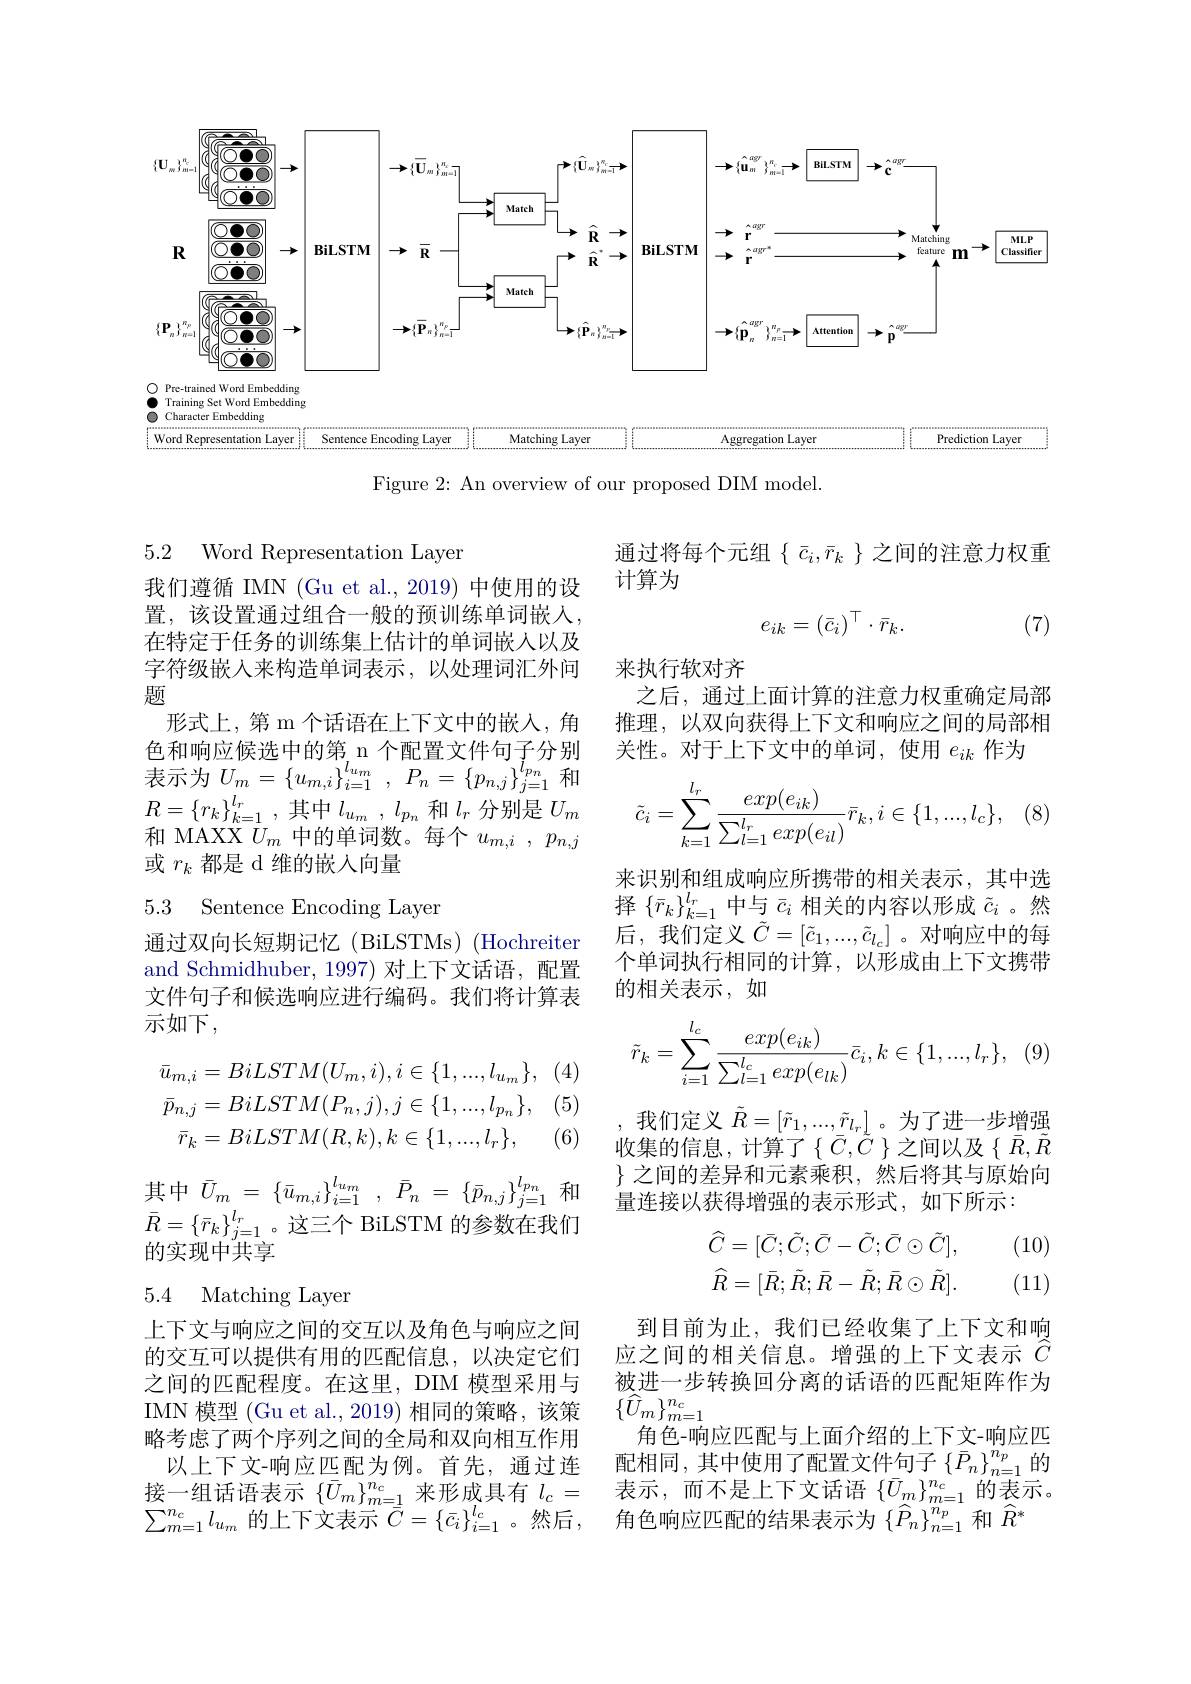
<FigureHere>

Figure 2: An overview of our proposed DIM model

5.2 Word Representation Layer

通过将每个元组$\left\{\bar{c}_i,\bar{r}_k\right\}$之间的注意力权重
计算为
$$e_{ik}=\left(\bar{c}_i\right)^\top\cdot\bar{r}_k.$$
(7)

来执行软对齐
之后，通过上面计算的注意力权重确定局部推理，以双向获得上下文和响应之间的局部相关性。对于上下文中的单词，使用$e_{ik}$作为

我们遵循 IMN (Gu et al., 2019) 中使用的设置，该设置通过组合一般的预训练单词嵌人， 在特定于任务的训练集上估计的单词嵌人以及字符级嵌入来构造单词表示，以处理词汇外问题
形式上，第 m 个话语在上下文中的嵌入，角色和响应候选中的第 n 个配置文件句子分别表示为$U_m= \{ u_{m, i}\} _{i= 1}^{l_{u_m}}$, $P_n= \{ p_{n, j}\} _{j= 1}^{l_{p_n}}$和$R= \{ r_{k}\} _{k= 1}^{l_{r}}$ , 其中$l_u_m\:,\:l_{p_n}\:$和$l_r$ 分别是$U_m$ 和 MAXX $U_m$中的单词数。每个$u_m,i,p_{n,j}$ 或$r_k$都是 d 维的嵌入向量
$$\tilde{c}_i=\sum\limits_{k=1}^{l_r}\frac{exp(e_{ik})}{\sum\limits_{l=1}^{l_r}exp(e_{il})}\bar{r}_k,i\in\{1,...,l_c\},$$
### 5.3 Sentence Encoding Layer

来识别和组成响应所携带的相关表示，其中选择$\{\bar{r}_k\}_{k=1}^{l_r}$中与$\bar{c}_i$相关的内容以形成$\tilde{c}_i$ 。然后，我们定义$\tilde{C}=[\tilde{c}_1,...,\tilde{c}_{l_c}]$ 。对响应中的每个单词执行相同的计算，以形成由上下文携带的相关表示，如

通过双向长短期记忆(BiLSTMs)(Hochreiter and Schmidhuber, 1997) 对上下文话语，配置文件句子和候选响应进行编码。我们将计算表示如下，
$$\tilde{r}_k=\sum\limits_{i=1}^{l_c}\frac{exp(e_{ik})}{\sum\limits_{l=1}^{l_c}exp(e_{lk})}\bar{c}_i,k\in\{1,...,l_r\},$$
 (5)
$$\bar{u}_{m,i}=BiLSTM(U_{m},i),i\in\{1,...,l_{u_{m}}\},\\\bar{p}_{n,j}=BiLSTM(P_{n},j),j\in\{1,...,l_{p_{n}}\},\\\bar{r}_{k}=BiLSTM(R,k),k\in\{1,...,l_{r}\},$$
(6)
其中$\bar{U}_m=\{\bar{u}_{m,i}\}_{i=1}^{l_{u_m}},\bar{P}_n=\{\bar{p}_{n,j}\}_{j=1}^{l_{p_n}}$和$\bar{R}=\{\bar{r}_k\}_{j=1}^{l_r}$。这三个 BiLSTM 的参数在我们的实现中共享

我们定义$\tilde{R}=[\tilde{r}_1,...,\tilde{r}_{l_r}]$。为了进一步增强收集的信息，计算了$\{\bar{C},\tilde{C}\}$之间以及$\{\bar{R},\tilde{R}$ $\}$之间的差异和元素乘积，然后将其与原始向量连接以获得增强的表示形式，如下所示：

(10)
$$\begin{aligned}\widehat{C}&=[\bar{C};\tilde{C};\bar{C}-\tilde{C};\bar{C}\odot\tilde{C}],\\\widehat{R}&=[\bar{R};\tilde{R};\bar{R}-\tilde{R};\bar{R}\odot\tilde{R}].\end{aligned}$$
(11)

## 5.4 Matching Layer

到目前为止，我们已经收集了上下文和响应之间的相关信息。增强的上下文表示$\tilde{\hat{C}}$ 被进一步转换回分离的话语的匹配矩阵作为$\{\widetilde{U}_{m}\}_{m=1}^{n_{c}}$
角色-响应匹配与上面介绍的上下文-响应匹配相同，其中使用了配置文件句子$\left\{\bar{P}_n\right\}_n=1^{n_p}$的表示，而不是上下文话语$\{\bar{U}_m\}_{m=1}^{n_c}$的表示。角色响应匹配的结果表示为$\left\{\widehat{P}_n\right\}_{n=1}^{n_p}$和$\widehat{R}^*$

上下文与响应之间的交互以及角色与响应之间的交互可以提供有用的匹配信息，以决定它们之间的匹配程度。在这里，DIM 模型采用与IMN 模型 (Gu et al., 2019) 相同的策略，该策略考虑了两个序列之间的全局和双向相互作用以上下文-响应匹配为例。首先，通过连
接一组话语表示$\{\bar{U}_m\}_{m=\underline{1}}^{n_c}$来形成具有$l_c=$ $\sum_{m=1}^{n_{c}}l_{u_{m}}$ 的上下文表示 $\bar{\bar{C}}=\{\bar{c}_{i}\}_{i=1}^{l_{c}}$。然后，